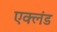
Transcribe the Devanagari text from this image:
एक्लंड